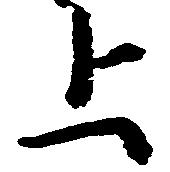
上